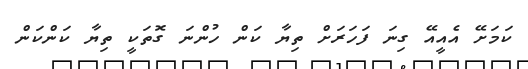
ކަމަށޭ އެއީއޭ ގިނަ ފަހަރަށް ތިޔާ ކަން ހުންނަ ގޮތަކީ ތިޔާ ކަންކަން